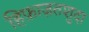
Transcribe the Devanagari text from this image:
हिफ़ाज़तशुदा